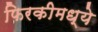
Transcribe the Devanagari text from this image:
फिरकीमध्ये